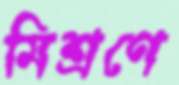
মিশ্রণে